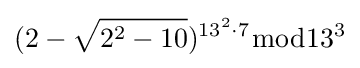
(2-{\sqrt {2^{2}-10}})^{13^{2}\cdot 7}{\bmod {13^{3}}}